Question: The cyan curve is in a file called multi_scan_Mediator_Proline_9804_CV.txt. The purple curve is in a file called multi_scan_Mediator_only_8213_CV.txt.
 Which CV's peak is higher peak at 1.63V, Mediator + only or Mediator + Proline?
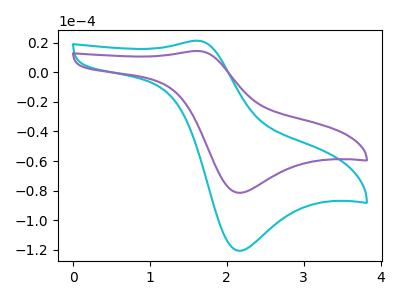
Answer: <think>The cyan curve "Mediator + Proline" has an anodic peak at (1.65V, 21.35uA) and a cathodic peak at (2.15V, -120.70uA). The purple curve "Mediator + only" has an anodic peak at (1.65V, 14.45uA) and a cathodic peak at (2.15V, -81.50uA).</think>
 <answer>The peak at 1.63V is lower in "Mediator + only" than in "Mediator + Proline".</answer>
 <eval>lower</eval>